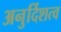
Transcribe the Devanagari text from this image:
अनुर्दिशत्व